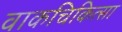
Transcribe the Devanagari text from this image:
वाकचिकित्सा